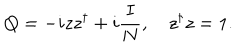
LaTeX: Q = - i z z ^ { \dagger } + i \frac { I } { N } , \quad z ^ { \dagger } z = 1 .